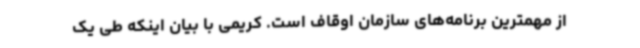
از مهمترین برنامه‌های سازمان اوقاف است. کریمی با بیان اینکه طی یک